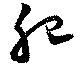
肥